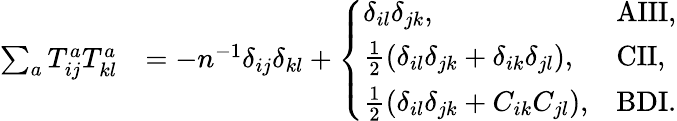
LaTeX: \begin{array}{rl}{\sum_{a}T_{ij}^{a}T_{kl}^{a}}&{=-n^{-1}\delta_{ij}\delta_{kl}+\left\{ \begin{array}{ll}{\delta_{il}\delta_{jk},}&{\mathrm{AIII},}\\ {\frac 12(\delta_{il}\delta_{jk}+\delta_{ik}\delta_{jl}),}&{\mathrm{CII},}\\ {\frac 12(\delta_{il}\delta_{jk}+C_{ik}C_{jl}),}&{\mathrm{BDI}.}\end{array}\right.}\end{array}